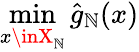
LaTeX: \operatorname*{min}_{x\inX_{\mathbb{N}}}{\hat{{g}}}_{\mathbb{N}}(x)